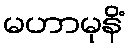
မဟာမုနိံ